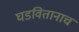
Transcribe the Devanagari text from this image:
घडवितानाच